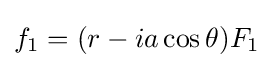
f_{1}=(r-ia\cos \theta )F_{1}